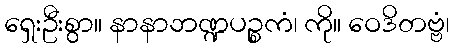
ရှေးဦးစွာ။ နာနာဘဏ္ဍပဉ္စကံ၊ ကို။ ဝေဒိတဗ္ဗံ၊